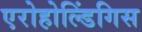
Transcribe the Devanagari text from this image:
एरोहोल्डिंगिस